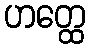
ဟတ္ထေ